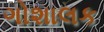
ગોશાલક